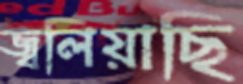
জ্বলিয়াছি